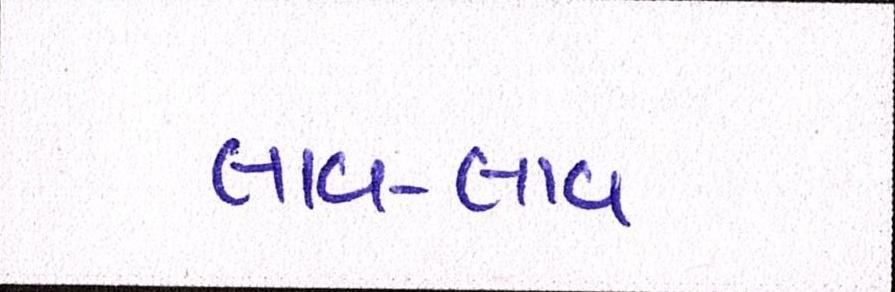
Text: લાવ-લાવ